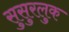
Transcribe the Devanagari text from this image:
सुसुरलुक